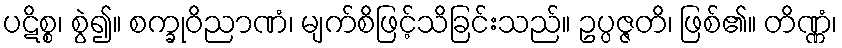
ပဋိစ္စ၊ စွဲ၍။ စက္ခုဝိညာဏံ၊ မျက်စိဖြင့်သိခြင်းသည်။ ဥပ္ပဇ္ဇတိ၊ ဖြစ်၏။ တိဏ္ဏံ၊